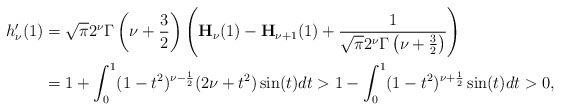
\begin{align*}h_{\nu}'(1)&=\sqrt{\pi}2^{\nu}\Gamma\left(\nu+\frac{3}{2}\right)\left(\mathbf{H}_{\nu}(1)-\mathbf{H}_{\nu+1}(1)+\frac{1}{\sqrt{\pi}2^{\nu}\Gamma\left(\nu+\frac{3}{2}\right)}\right)\\&=1+\int_0^1(1-t^2)^{\nu-\frac{1}{2}}(2\nu+t^2)\sin(t)dt>1-\int_0^1(1-t^2)^{\nu+\frac{1}{2}}\sin(t)dt>0,\end{align*}